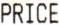
PRICE